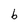
Character: 6